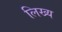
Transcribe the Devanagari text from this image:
लिख्य